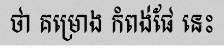
ថា គម្រោង កំពង់ផែ នេះ